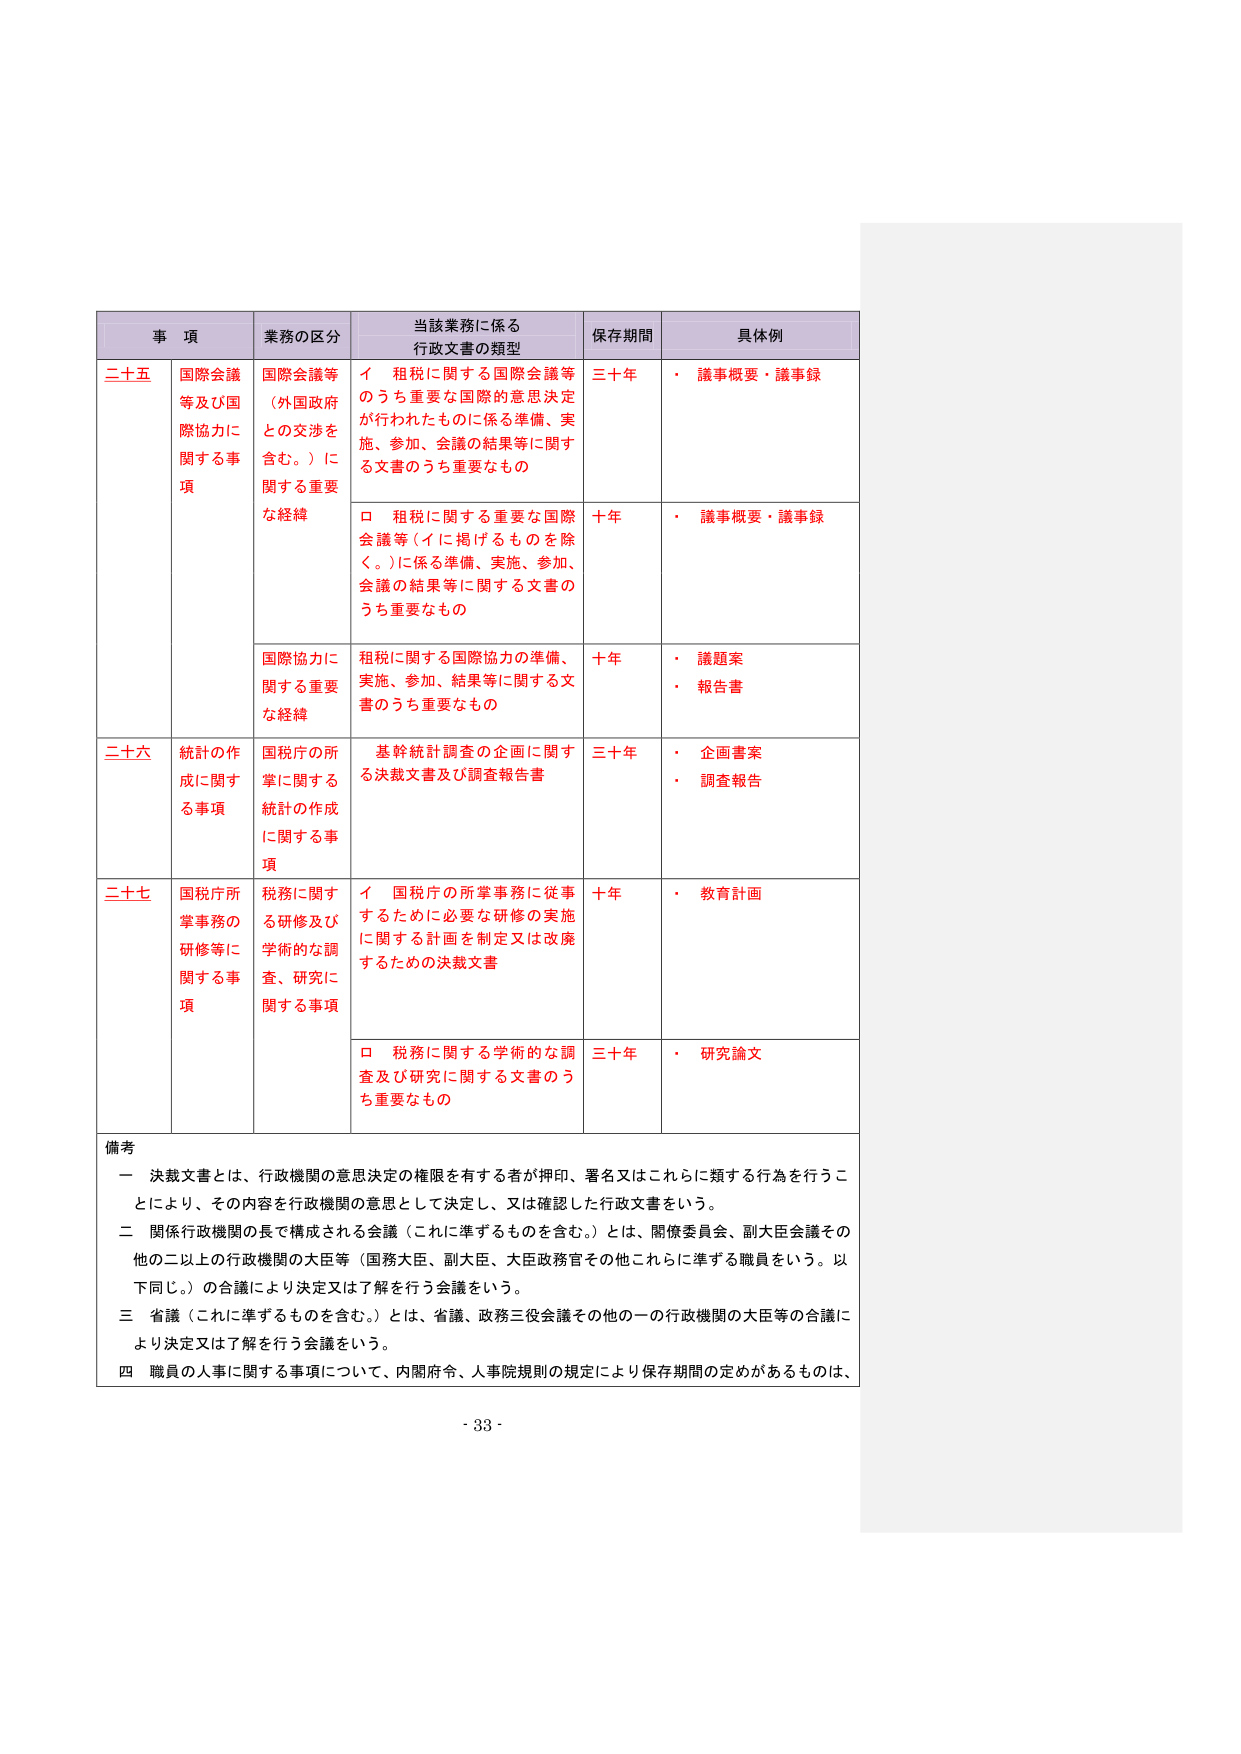
事 項 業務の区分 当該業務に係る 行政文書の類型 保存期間 具体例 二十五 国際会議 等及び国 際協力に 関する事 項 国際会議等 （外国政府 との交渉を 含む。）に 関する重要 な経緯 イ 租税に関する国際会議等 のうち重要な国際的意思決定 が行われたものに係る準備、実 施、参加、会議の結果等に関す る文書のうち重要なもの 三十年 ・ 議事概要・議事録 ロ 租税に関する重要な国際 会議等（イに掲げるものを除 く。）に係る準備、実施、参加、 会議の結果等に関する文書の うち重要なもの 十年 ・ 議事概要・議事録 国際協力に 関する重要 な経緯 租税に関する国際協力の準備、 実施、参加、結果等に関する文 書のうち重要なもの 十年 ・ 議題案 ・ 報告書 二十六 統計の作 成に関す る事項 国税庁の所 掌に関する 統計の作成 に関する事 項 基幹統計調査の企画に関する 決裁文書及び調査報告書 三十年 ・ 企画書案 ・ 調査報告 二十七 国税庁所 掌事務の 研修等に 関する事 項 税務に関する 研修及び 学術的な調 査、研究に 関する事項 イ 国税庁の所掌事務に従事 するために必要な研修の実施 に関する計画を制定又は改廃 するための決裁文書 十年 ・ 教育計画 ロ 税務に関する学術的な調 査及び研究に関する文書のう ち重要なもの 三十年 ・ 研究論文 備考 一 決裁文書とは、行政機関の意思決定の権限を有する者が押印、署名又はこれらに類する行為を行うこ とにより、その内容を行政機関の意思として決定し、又は確認した行政文書をいう。 二 関係行政機関の長で構成される会議（これに準ずるものを含む。）とは、関係委員会、副大臣会議その 他の二以上の行政機関の大臣等（国務大臣、副大臣、大臣政務官その他これらに準ずる職員をいう。以 下同じ。）の合議により決定又は了解を行う会議をいう。 三 省議（これに準ずるものを含む。）とは、省議、政務三役会議その他の一の行政機関の大臣等の合議に より決定又は了解を行う会議をいう。 四 職員の人事に関する事項について、内閣府令、人事院規則の規定により保存期間の定めがあるものは、 - 33 -